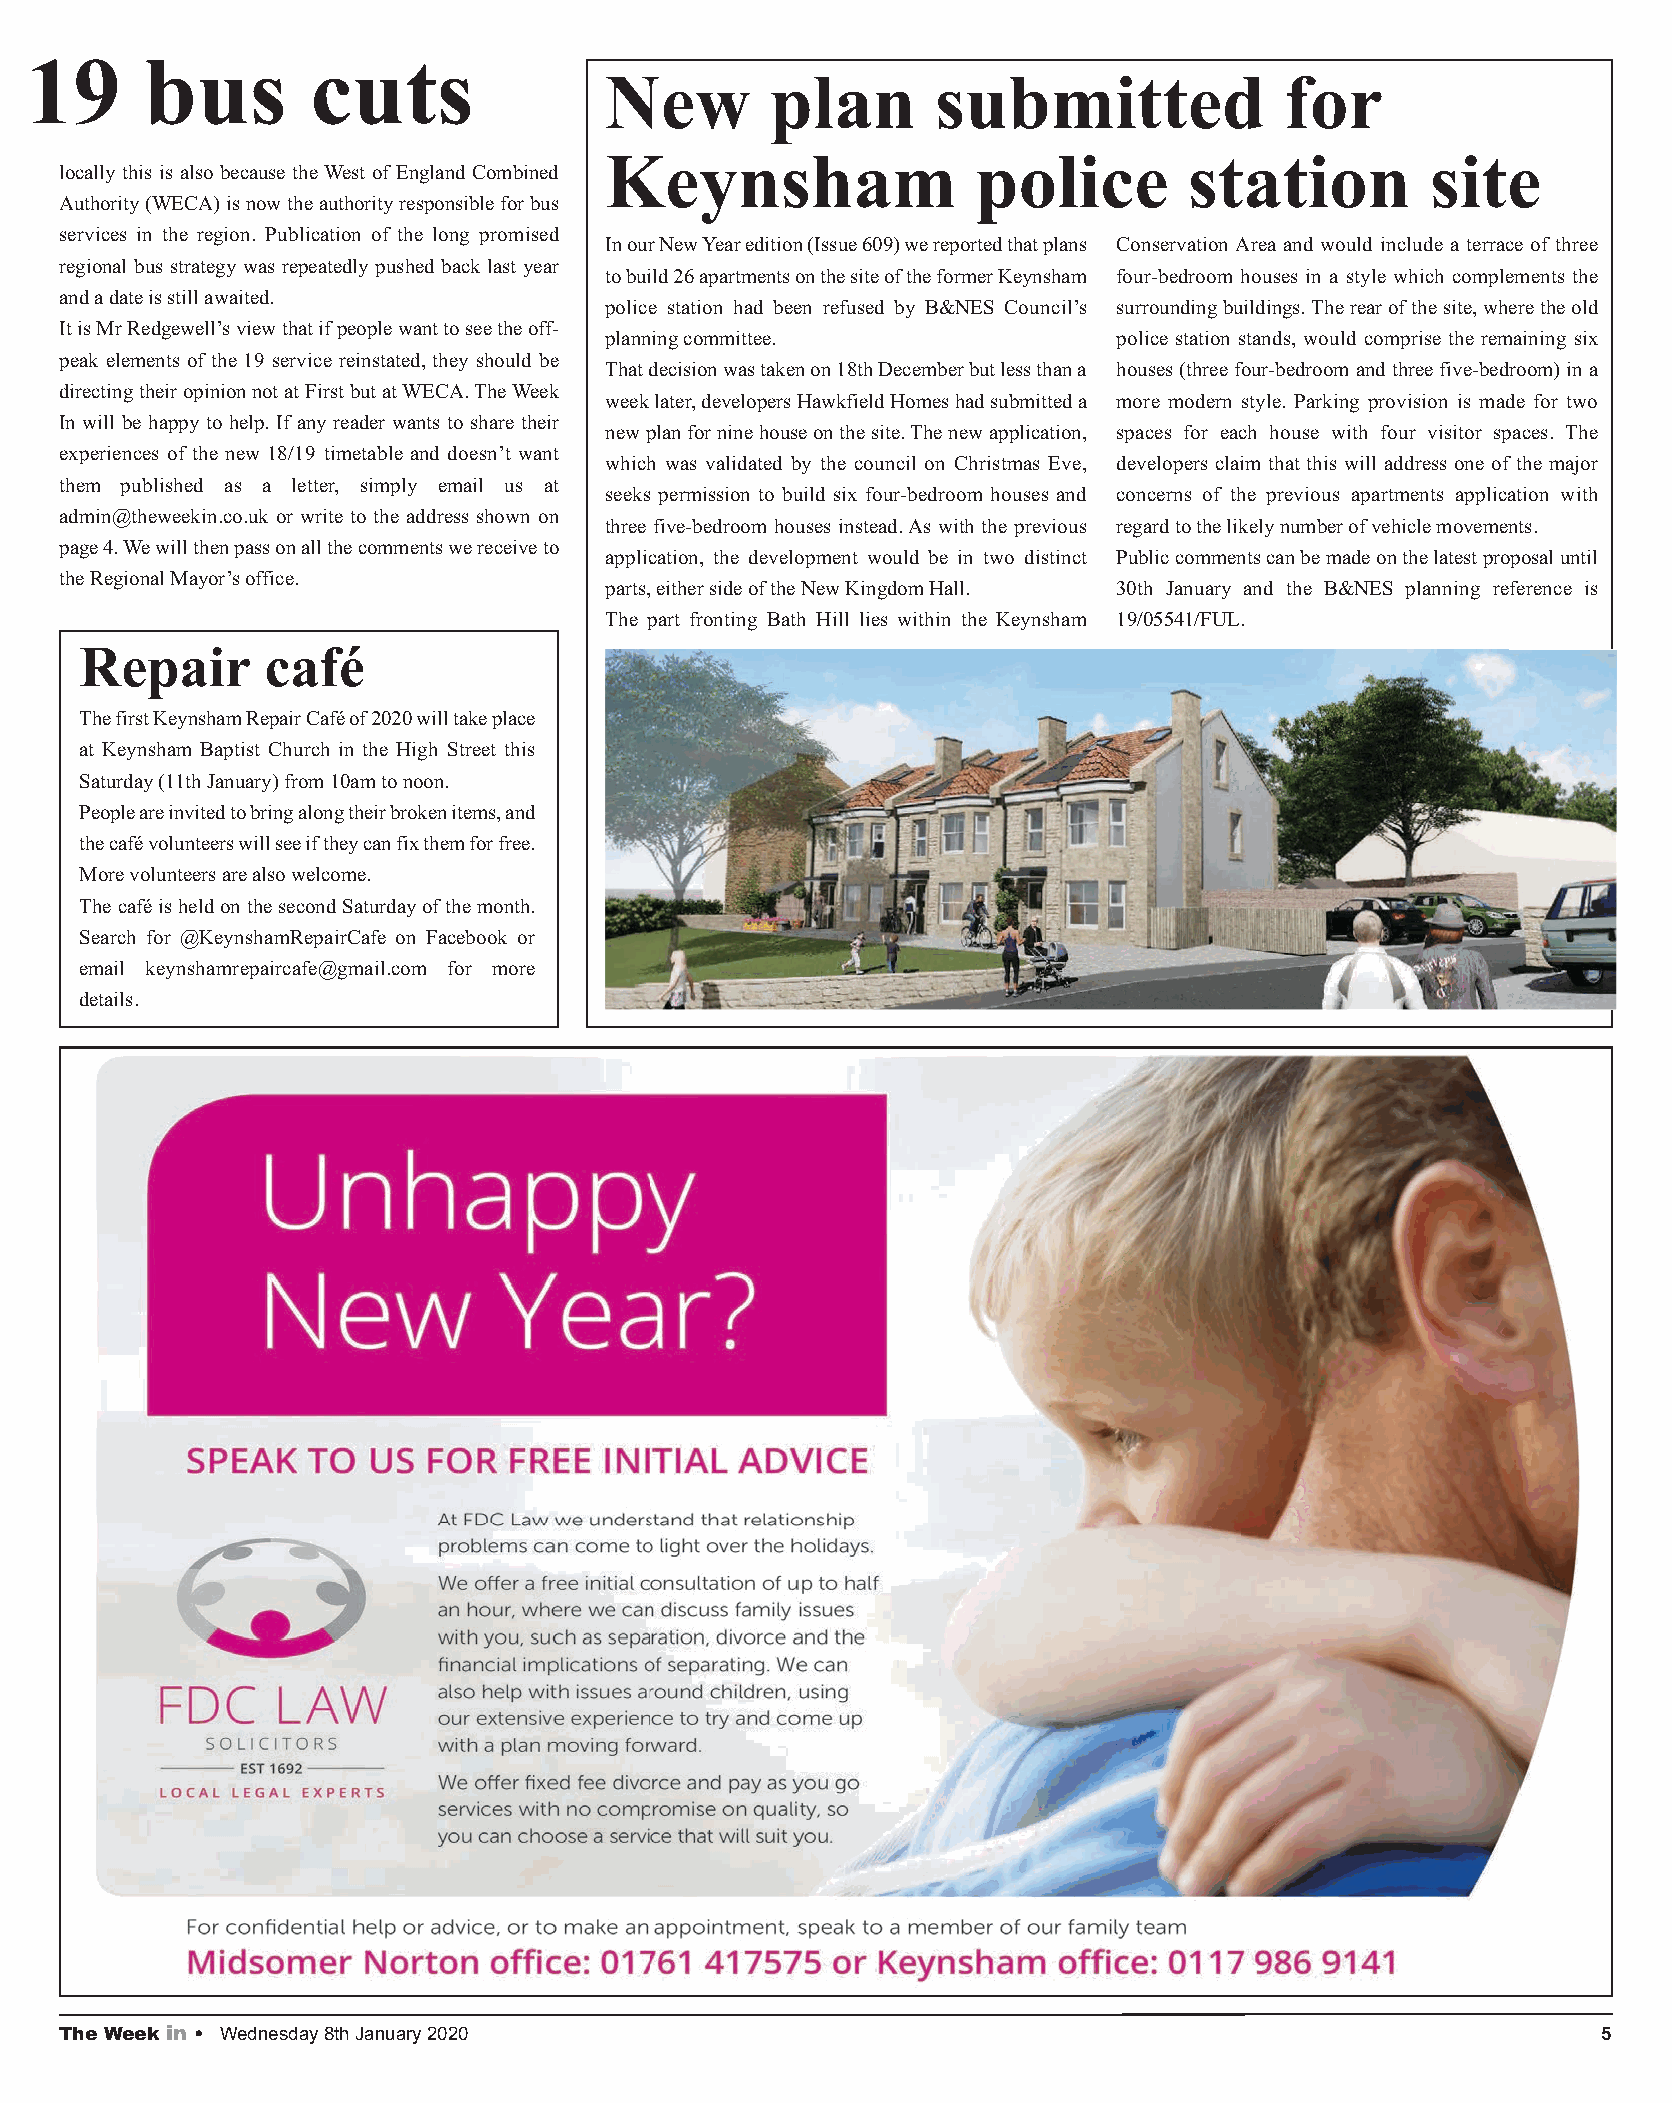
19      bus        cuts
 New        plan       submitted              for
 Keynsham                 police        station         site
 locally this is also because the West of England Combined
 Authority (WECA) is now the authority responsible for bus
 services in the region. Publication of the long promised
 In our New Year edition (Issue 609) we reported that plans Conservation Area and would include a terrace of three
 regional bus strategy was repeatedly pushed back last year
 to build 26 apartments on the site of the former Keynsham four-bedroom houses in a style which complements the
 and a date is still awaited.
 police station had been refused by B&NES Council’s surrounding buildings. The rear of the site, where the old
 It is Mr Redgewell’s view that if people want to see the off-
 planning committee.               police station stands, would comprise the remaining six
 peak elements of the 19 service reinstated, they should be
 That decision was taken on 18th December but less than a houses (three four-bedroom and three five-bedroom) in a
 directing their opinion not at First but at WECA. The Week
 week later, developers Hawkfield Homes had submitted a more modern style. Parking provision is made for two
 In will be happy to help. If any reader wants to share their
 new plan for nine house on the site. The new application, spaces for each house with four visitor spaces. The
 experiences of the new 18/19 timetable and doesn’t want
 which was validated by the council on Christmas Eve, developers claim that this will address one of the major
 them published as a letter, simply email us at
 seeks permission to build six four-bedroom houses and concerns of the previous apartments application with
 admin@theweekin.co.uk or write to the address shown on
 three five-bedroom houses instead. As with the previous regard to the likely number of vehicle movements.
 page 4. We will then pass on all the comments we receive to
 application, the development would be in two distinct Public comments can be made on the latest proposal until
 the Regional Mayor’s office.
 parts, either side of the New Kingdom Hall. 30th January and the B&NES planning reference is
 The part fronting Bath Hill lies within the Keynsham 19/05541/FUL.
 Repair       café
 The first Keynsham Repair Café of 2020 will take place
 at Keynsham Baptist Church in the High Street this
 Saturday (11th January) from 10am to noon.
 People are invited to bring along their broken items, and
 the café volunteers will see if they can fix them for free.
 More volunteers are also welcome.
 The café is held on the second Saturday of the month.
 Search for @KeynshamRepairCafe on Facebook or
 email keynshamrepaircafe@gmail.com for more
 details.
 The Week in • Wednesday 8th January 2020                                                              5